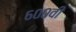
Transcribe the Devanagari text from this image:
६००वी